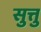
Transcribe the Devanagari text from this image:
सुत्तु